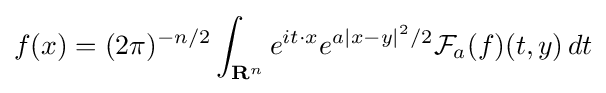
f(x)=(2\pi )^{-n/2}\int _{{\mathbf {R} }^{n}}e^{it\cdot x}e^{a|x-y|^{2}/2}{\mathcal {F}}_{a}(f)(t,y)\,dt